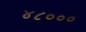
૪૮૦૦૦